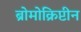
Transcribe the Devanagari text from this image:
ब्रोमोक्रिप्टीन